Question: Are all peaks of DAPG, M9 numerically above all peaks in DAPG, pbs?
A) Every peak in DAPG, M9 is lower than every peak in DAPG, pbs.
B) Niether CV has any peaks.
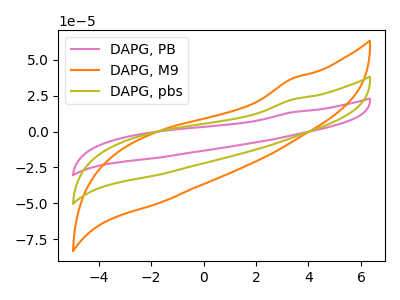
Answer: <think>The pink curve "DAPG, PB" has no peaks. The orange curve "DAPG, M9" has no peaks. The olive curve "DAPG, pbs" has no peaks.</think>
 <answer>B) Niether CV has any peaks.</answer>
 <eval>B</eval>